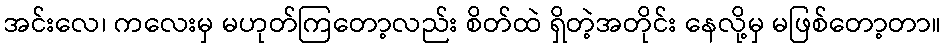
အင်းလေ၊ ကလေးမှ မဟုတ်ကြတော့လည်း စိတ်ထဲ ရှိတဲ့အတိုင်း နေလို့မှ မဖြစ်တော့တာ။